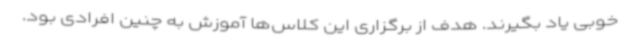
خوبی یاد بگیرند. هدف از برگزاری این کلاس‌ها آموزش به چنین افرادی بود.